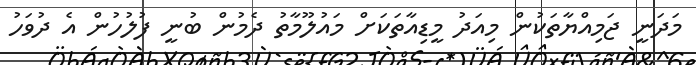
މަދަނީ ޖަމިއްޔާތަކުން މިއަދު މީޑިއާތަކަށް މައުލޫމާތު ދެމުން ބުނީ ފުލުހުން އެ ދުވަހު